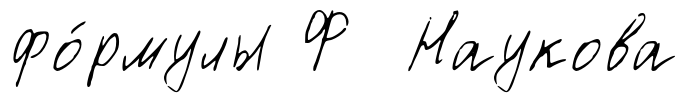
фо́рмулы Ф Наукова